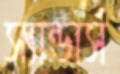
স্যান্ডার্স